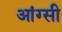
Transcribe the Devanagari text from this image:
आंग्सी